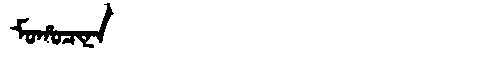
Manchu: ᠮᠣᡥᠣᠴᡳᠨᠠ
Romanization: MOHOCINA